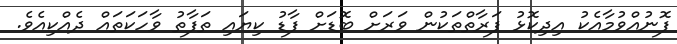
ފޮނުއްވުމާއެކު އިދިކޮޅު ފަރާތްތަކުން ވަރަށް ބޮޑަށް ފާޑު ކިޔައި ތަފާތު ވާހަކަތައް ދެއްކިއެވެ.